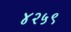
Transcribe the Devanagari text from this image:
४२५९